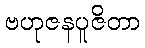
ဗဟုဇနပူဇိတာ